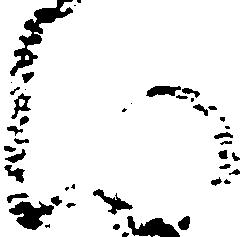
ひ